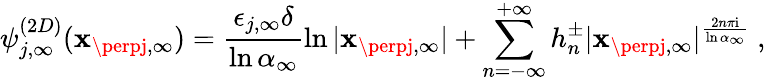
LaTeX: \psi_{j,\infty}^{(2D)}(\mathbf{x}_{\perpj,\infty})=\frac{{\epsilon_{j,\infty}\delta}}{{\ln\alpha_{\infty}}}\ln|\mathbf{x}_{\perpj,\infty}|+\sum_{n=-\infty}^{+\infty}h_{n}^{\pm}|\mathbf{x}_{\perpj,\infty}|^{\frac{{2n\pi\mathrm{{i}}}}{{\ln\alpha_{\infty}}}}~,